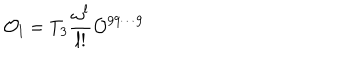
LaTeX: { \cal O } _ { l } = T _ { 3 } { \frac { \omega ^ { l } } { l ! } } { \cal O } ^ { 9 9 \cdots 9 }